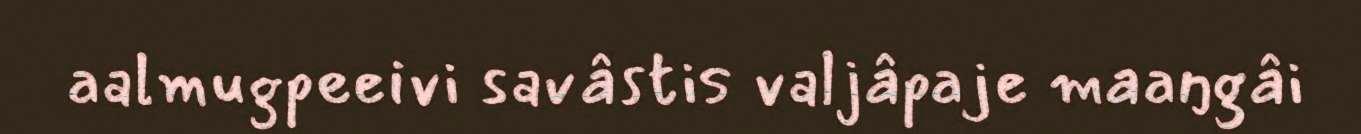
aalmugpeeivi savâstis valjâpaje maaŋgâi